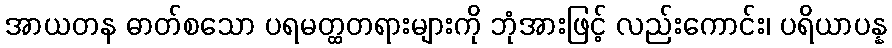
အာယတန ဓာတ်စသော ပရမတ္ထတရားများကို ဘုံအားဖြင့် လည်းကောင်း၊ ပရိယာပန္န